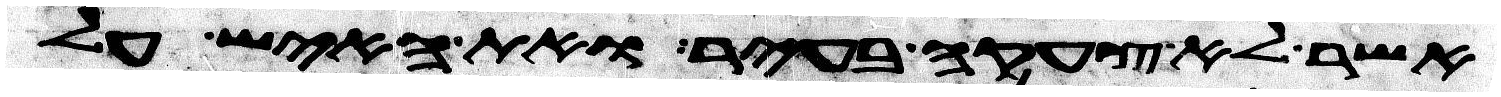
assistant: אשר לא צעקה בעיר ואת האיש על